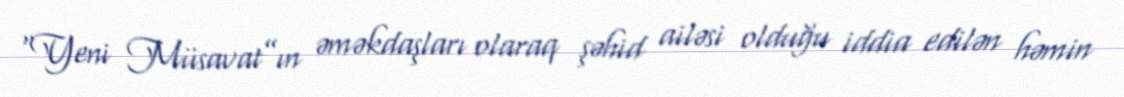
“Yeni Müsavat”ın əməkdaşları olaraq şəhid ailəsi olduğu iddia edilən həmin